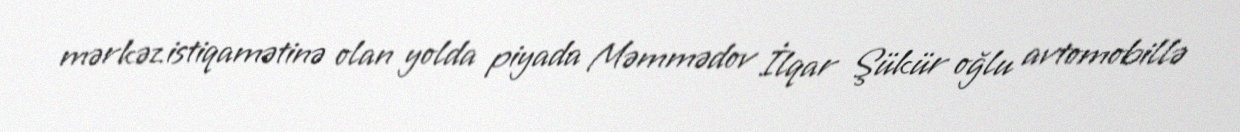
mərkəz istiqamətinə olan yolda piyada Məmmədov İlqar Şükür oğlu avtomobillə